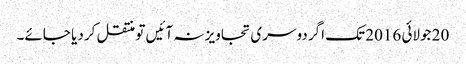
20 جولائی 2016 تک اگر دوسری تجاویز نہ آئیں تو منتقل کر دیا جائے۔